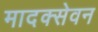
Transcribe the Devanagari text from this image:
मादक्सेवन